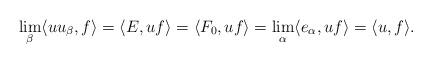
LaTeX: \begin{align*}\lim_\beta \langle uu_\beta, f\rangle = \langle E, uf\rangle =\langle F_0, uf\rangle = \lim_\alpha \langle e_\alpha, uf\rangle = \langle u, f\rangle.\end{align*}